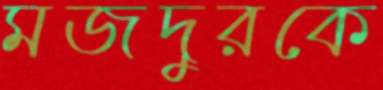
মজদুরকে